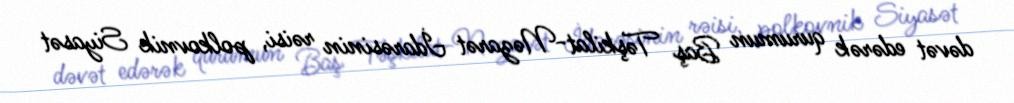
dəvət edərək qurumun Baş Təşkilat-Nəzarət İdarəsinin rəisi, polkovnik Siyasət